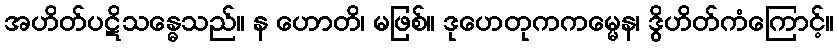
အဟိတ်ပဋိသန္ဓေသည်။ န ဟောတိ၊ မဖြစ်။ ဒုဟေတုကကမ္မေန၊ ဒွိဟိတ်ကံကြောင့်။